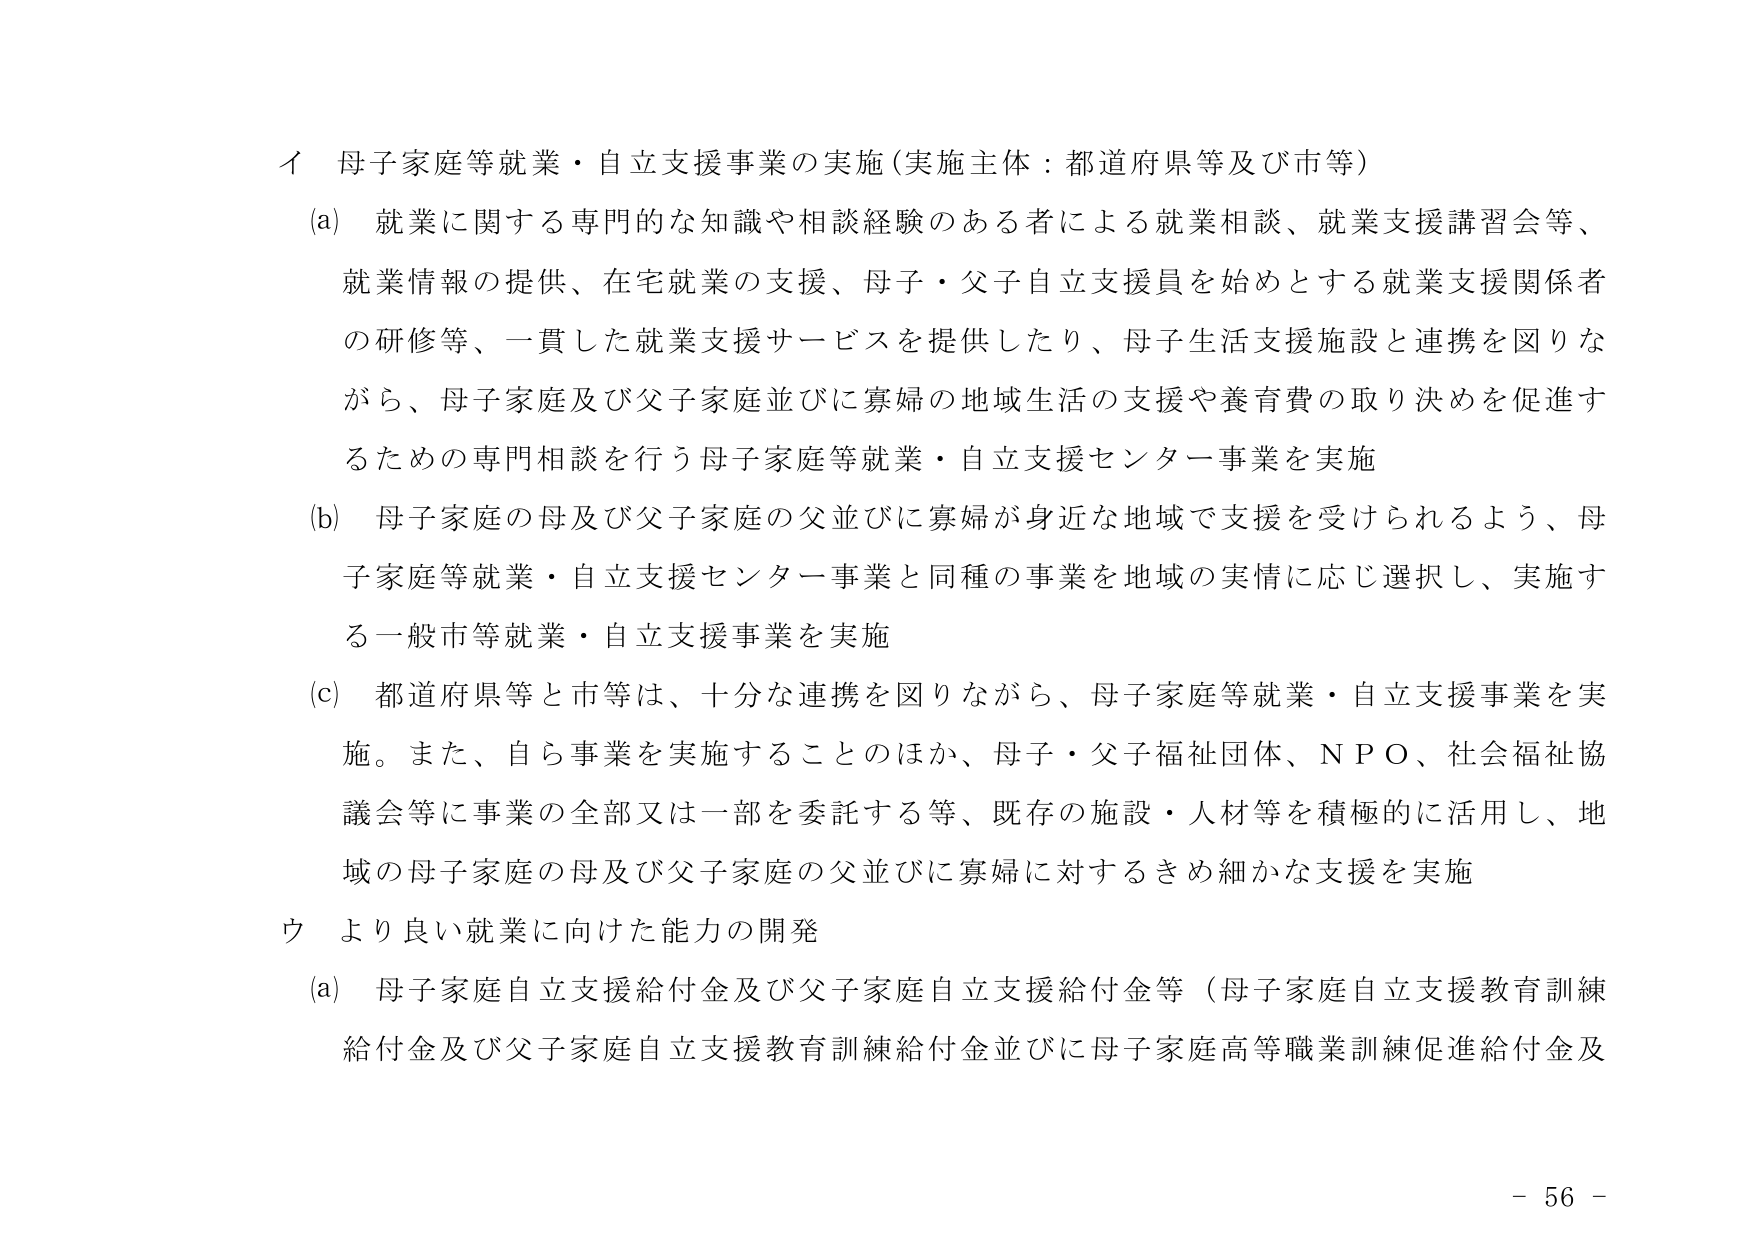
イ 母子家庭等就業・自立支援事業の実施（実施主体：都道府県等及び市等）
(a) 就業に関する専門的な知識や相談経験のある者による就業相談、就業支援講習会等、就業情報の提供、在宅就業の支援、母子・父子自立支援員を始めとする就業支援関係者の研修等、一貫した就業支援サービスを提供したり、母子生活支援施設と連携を図りながら、母子家庭及び父子家庭並びに寡婦の地域生活の支援や養育費の取り決めを促進するための専門相談を行う母子家庭等就業・自立支援センター事業を実施
(b) 母子家庭の母及び父子家庭の父並びに寡婦が身近な地域で支援を受けられるよう、母子家庭等就業・自立支援センター事業と同種の事業を地域の実情に応じ選択し、実施する一般市等就業・自立支援事業を実施
(c) 都道府県等と市等は、十分な連携を図りながら、母子家庭等就業・自立支援事業を実施。また、自ら事業を実施することのほか、母子・父子福祉団体、ＮＰＯ、社会福祉協議会等に事業の全部又は一部を委託する等、既存の施設・人材等を積極的に活用し、地域の母子家庭の母及び父子家庭の父並びに寡婦に対するきめ細かな支援を実施
ウ より良い就業に向けた能力の開発
(a) 母子家庭自立支援給付金及び父子家庭自立支援給付金等（母子家庭自立支援教育訓練給付金及び父子家庭自立支援教育訓練給付金並びに母子家庭高等職業訓練促進給付金及
- 56 -